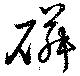
磷